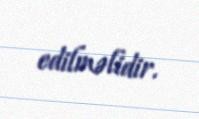
edilməlidir.